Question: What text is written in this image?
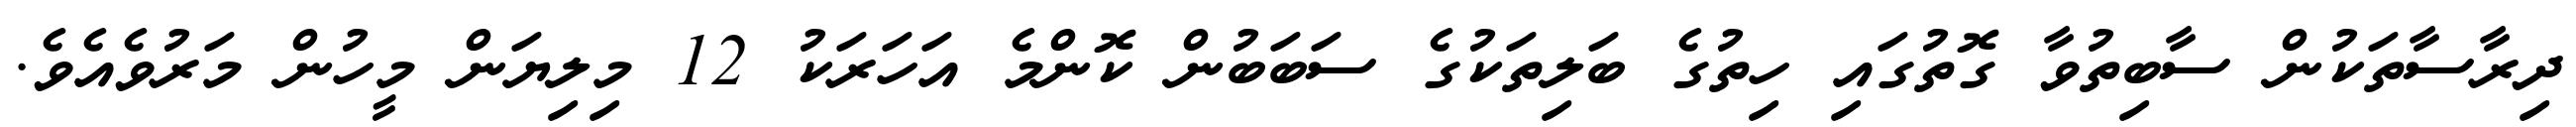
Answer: ދިރާސާތަކުން ސާބިތުވާ ގޮތުގައި ހިތުގެ ބަލިތަކުގެ ސަބަބުން ކޮންމެ އަހަރަކު 12 މިލިޔަން މީހުން މަރުވެއެވެ.